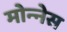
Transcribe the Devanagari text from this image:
मोन्‍नेस